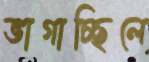
ভাগাচ্ছিলে